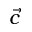
\vec { c }